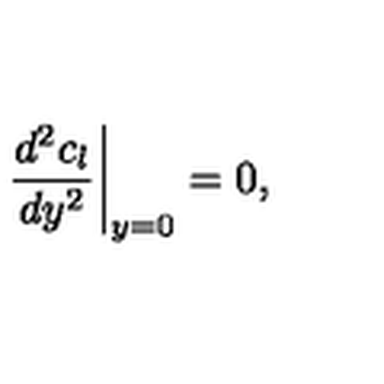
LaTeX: \left. { \frac { d ^ { 2 } c _ { l } } { d y ^ { 2 } } } \right| _ { y = 0 } = 0 ,